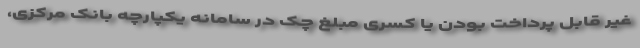
غیر قابل پرداخت بودن یا کسری مبلغ چک در سامانه یکپارچه بانک مرکزی،